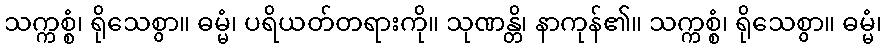
သက္ကစ္စံ၊ ရိုသေစွာ။ ဓမ္မံ၊ ပရိယတ်တရားကို။ သုဏန္တိ၊ နာကုန်၏။ သက္ကစ္စံ၊ ရိုသေစွာ။ ဓမ္မံ၊